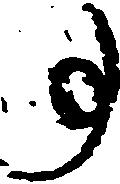
事